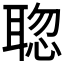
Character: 𦖟